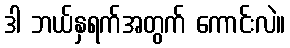
ဒါ ဘယ်နှရက်အတွက် ကောင်းလဲ။